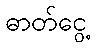
ဓာတ်ငွေ့